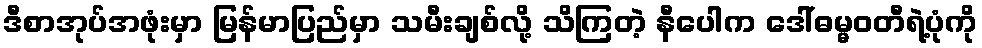
ဒီစာအုပ်အဖုံးမှာ မြန်မာပြည်မှာ သမီးချစ်လို့ သိကြတဲ့ နီပေါက ဒေါ်ဓမ္မဝတီရဲ့ပုံကို